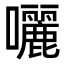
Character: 囇